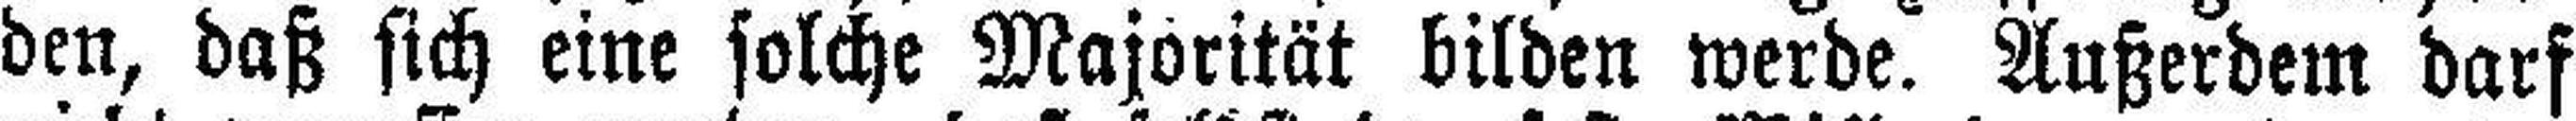
den, daß sich eine solche Majorität bilden werde. Außerdem darf